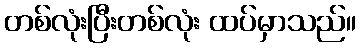
တစ်လုံးပြီးတစ်လုံး ထပ်မှာသည်။